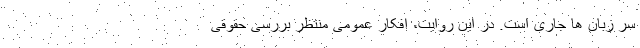
سر زبان ها جاری است. در این روایت، افکار عمومی منتظر بررسی حقوقی